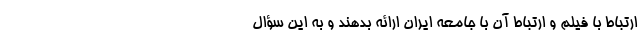
ارتباط با فیلم و ارتباط آن با جامعه ایران ارائه بدهند و به این سؤال